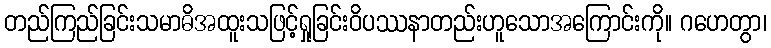
တည်ကြည်ခြင်းသမာဓိအထူးသဖြင့်ရှုခြင်းဝိပဿနာတည်းဟူသောအကြောင်းကို။ ဂဟေတွာ၊